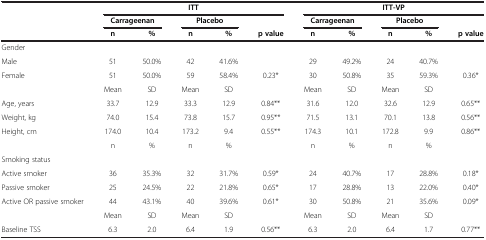
<table><thead><tr><td><b> </b></td><td colspan="5"><b>ITT</b></td><td colspan="5"><b>ITT-VP</b></td></tr><tr><td><b> </b></td><td colspan="2"><b>Carrageenan</b></td><td colspan="2"><b>Placebo</b></td><td><b> </b></td><td colspan="2"><b>Carrageenan</b></td><td colspan="2"><b>Placebo</b></td><td><b> </b></td></tr><tr><td><b> </b></td><td><b>n</b></td><td><b>%</b></td><td><b>n</b></td><td><b>%</b></td><td><b>p value</b></td><td><b>n</b></td><td><b>%</b></td><td><b>n</b></td><td><b>%</b></td><td><b>p value</b></td></tr></thead><tbody><tr><td>Gender</td><td> </td><td> </td><td> </td><td> </td><td> </td><td> </td><td> </td><td> </td><td> </td><td> </td></tr><tr><td>Male</td><td>51</td><td>50.0%</td><td>42</td><td>41.6%</td><td> </td><td>29</td><td>49.2%</td><td>24</td><td>40.7%</td><td> </td></tr><tr><td>Female</td><td>51</td><td>50.0%</td><td>59</td><td>58.4%</td><td>0.23*</td><td>30</td><td>50.8%</td><td>35</td><td>59.3%</td><td>0.36*</td></tr><tr><td> </td><td>Mean</td><td>SD</td><td>Mean</td><td>SD</td><td> </td><td>Mean</td><td>SD</td><td>Mean</td><td>SD</td><td> </td></tr><tr><td>Age, years</td><td>33.7</td><td>12.9</td><td>33.3</td><td>12.9</td><td>0.84**</td><td>31.6</td><td>12.0</td><td>32.6</td><td>12.9</td><td>0.65**</td></tr><tr><td>Weight, kg</td><td>74.0</td><td>15.4</td><td>73.8</td><td>15.7</td><td>0.95**</td><td>71.5</td><td>13.1</td><td>70.1</td><td>13.8</td><td>0.56**</td></tr><tr><td>Height, cm</td><td>174.0</td><td>10.4</td><td>173.2</td><td>9.4</td><td>0.55**</td><td>174.3</td><td>10.1</td><td>172.8</td><td>9.9</td><td>0.86**</td></tr><tr><td> </td><td>n</td><td>%</td><td>n</td><td>%</td><td> </td><td>n</td><td>%</td><td>n</td><td>%</td><td> </td></tr><tr><td>Smoking status</td><td> </td><td> </td><td> </td><td> </td><td> </td><td> </td><td> </td><td> </td><td> </td><td> </td></tr><tr><td>Active smoker</td><td>36</td><td>35.3%</td><td>32</td><td>31.7%</td><td>0.59*</td><td>24</td><td>40.7%</td><td>17</td><td>28.8%</td><td>0.18*</td></tr><tr><td>Passive smoker</td><td>25</td><td>24.5%</td><td>22</td><td>21.8%</td><td>0.65*</td><td>17</td><td>28.8%</td><td>13</td><td>22.0%</td><td>0.40*</td></tr><tr><td>Active OR passive smoker</td><td>44</td><td>43.1%</td><td>40</td><td>39.6%</td><td>0.61*</td><td>30</td><td>50.8%</td><td>21</td><td>35.6%</td><td>0.09*</td></tr><tr><td> </td><td>Mean</td><td>SD</td><td>Mean</td><td>SD</td><td> </td><td>Mean</td><td>SD</td><td>Mean</td><td>SD</td><td> </td></tr><tr><td>Baseline TSS</td><td>6.3</td><td>2.0</td><td>6.4</td><td>1.9</td><td>0.56**</td><td>6.3</td><td>2.0</td><td>6.4</td><td>1.7</td><td>0.77**</td></tr></tbody></table>